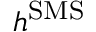
h ^ { \mathrm { S M S } }